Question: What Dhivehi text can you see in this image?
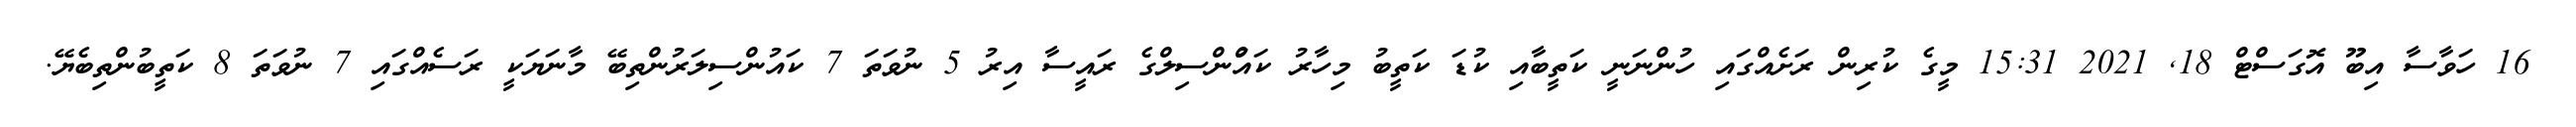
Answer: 16 ހަވާސާ އިބޫ އޮގަސްޓް 18, 2021 15:31 މީގެ ކުރިން ރަށެއްގައި ހުންނަނީ ކަތީބާއި ކުޑަ ކަތީބު މިހާރު ކައުްންސިލްގެ ރައީސާ އިރު 5 ނުވަތަ 7 ކައުންސިލަރުންތިބޭ މާނަޔަކީ ރަސެއްގައި 7 ނުވަތަ 8 ކަތީބުންތިބެޔޭ.